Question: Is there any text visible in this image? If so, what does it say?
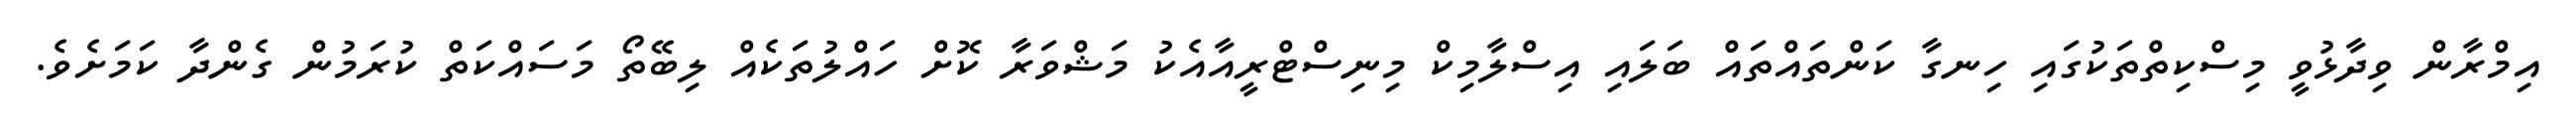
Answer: އިމްރާން ވިދާޅުވީ މިސްކިތްތަކުގައި ހިނގާ ކަންތައްތައް ބަލައި އިސްލާމިކް މިނިސްޓްރީއާއެކު މަޝްވަރާ ކޮށް ހައްލުތަކެއް ލިބޭތޯ މަސައްކަތް ކުރަމުން ގެންދާ ކަމަށެވެ.